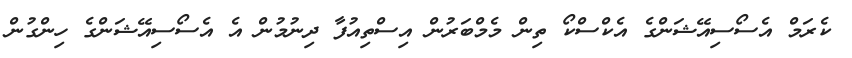
ކެރަމް އެސޯސިއޭޝަންގެ އެކްސްކޯ ތިން މެމްބަރުން އިސްތިއުފާ ދިނުމުން އެ އެސޯސިއޭޝަންގެ ހިންގުން